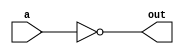
module my_not(out,a);

	//ports
	input a;
	output out;

	//instantiate primitives
	nand(out,a,a);


endmodule